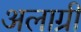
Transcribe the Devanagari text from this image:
अलाग्री